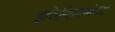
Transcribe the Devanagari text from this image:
इजिप्शियनांच्या